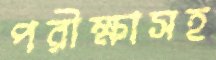
পরীক্ষাসহ